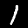
Digit: 1